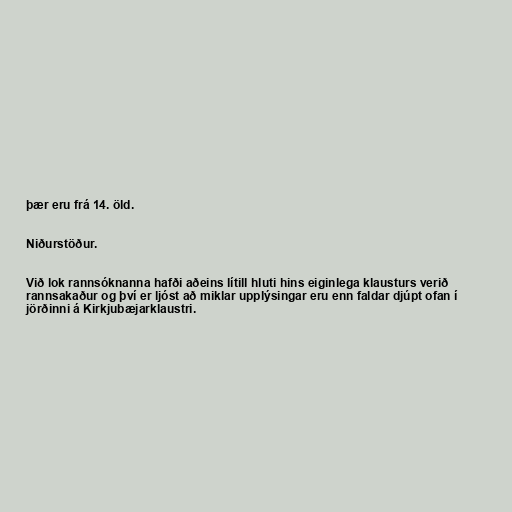
þær eru frá 14. öld.

Niðurstöður.

Við lok rannsóknanna hafði aðeins lítill hluti hins eiginlega klausturs verið
rannsakaður og því er ljóst að miklar upplýsingar eru enn faldar djúpt ofan í
jörðinni á Kirkjubæjarklaustri.